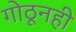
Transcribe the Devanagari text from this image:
गोठूनही